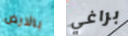
بالارض براغي